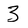
Character: 3